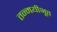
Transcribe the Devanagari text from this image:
तन्मयीभूत